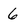
Character: 6